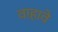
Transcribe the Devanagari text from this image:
वाहावे